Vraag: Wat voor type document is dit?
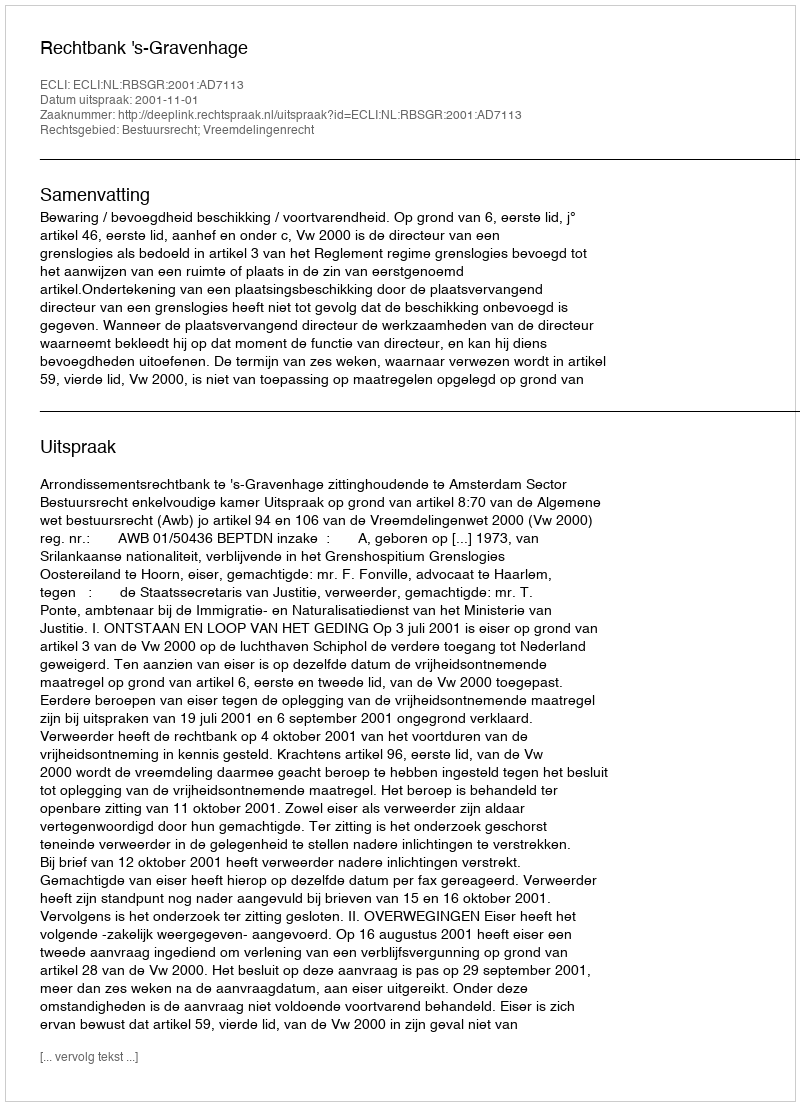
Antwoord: Uitspraak